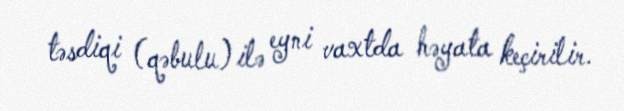
təsdiqi (qəbulu) ilə eyni vaxtda həyata keçirilir.